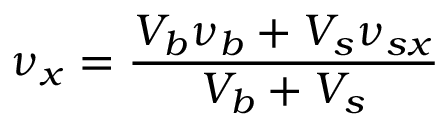
\nu _ { x } = \frac { V _ { b } \nu _ { b } + V _ { s } \nu _ { s x } } { V _ { b } + V _ { s } }